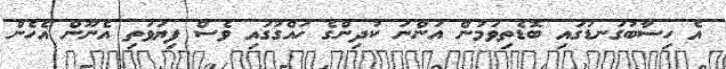
އެ ހިސާބުގަނޑުގައި ބޮޑެތިވަމުން އަންނަ ކުދިންގެ ހައްގުގައި ވެސް ފިޔަވަތި އެނޫން އެހެން